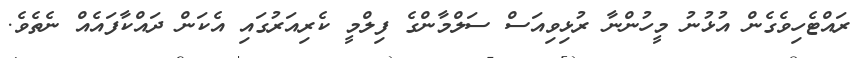
ރައްޓެހިވެގެން އުޅުނު މީހުންނާ ރުޅިވިއަސް ސަލްމާންގެ ފިލްމީ ކެރިއަރުގައި އެކަން ދައްކާފައެއް ނެތެވެ.